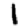
Digit: 1